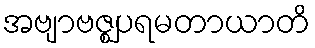
အဗျာဗဇ္ဈပရမတာယာတိ